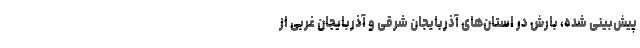
پیش‌بینی شده، بارش در استان‌های آذربایجان شرقی و آذربایجان غربی از